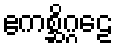
ဧကစ္ဆိဂ္ဂဠေ